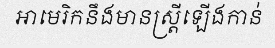
អាមេរិកនឹងមានស្ត្រីឡើងកាន់